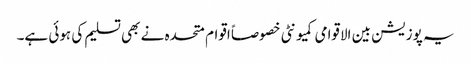
یہ پوزیشن بین الاقوامی کمیونٹی خصوصاً اقوام متحدہ نے بھی تسلیم کی ہوئی ہے۔